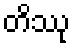
တိဿု